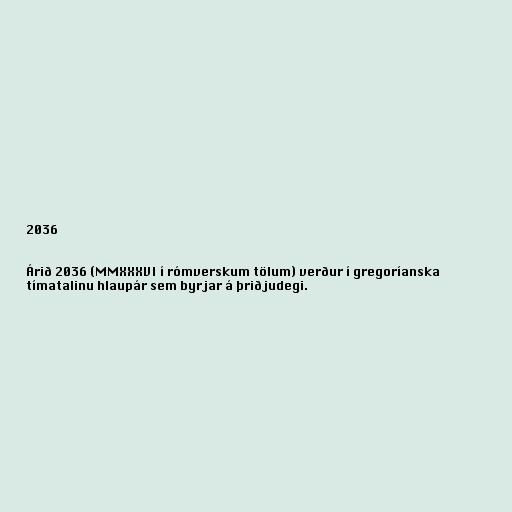
2036

Árið 2036 (MMXXXVI í rómverskum tölum) verður í gregoríanska
tímatalinu hlaupár sem byrjar á þriðjudegi.